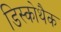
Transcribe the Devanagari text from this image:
डिस्कोथैक